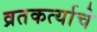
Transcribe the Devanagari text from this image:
व्रतकर्त्याचे